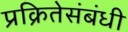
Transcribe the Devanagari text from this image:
प्रक्रितेसंबंधी